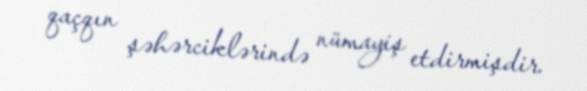
qaçqın şəhərciklərində nümayiş etdirmişdir.